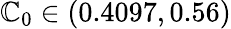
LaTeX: \mathbb{C}_{0}\in(0.4097,0.56)